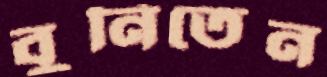
বুনিতেন